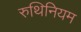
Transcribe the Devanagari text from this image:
रुथिनियम